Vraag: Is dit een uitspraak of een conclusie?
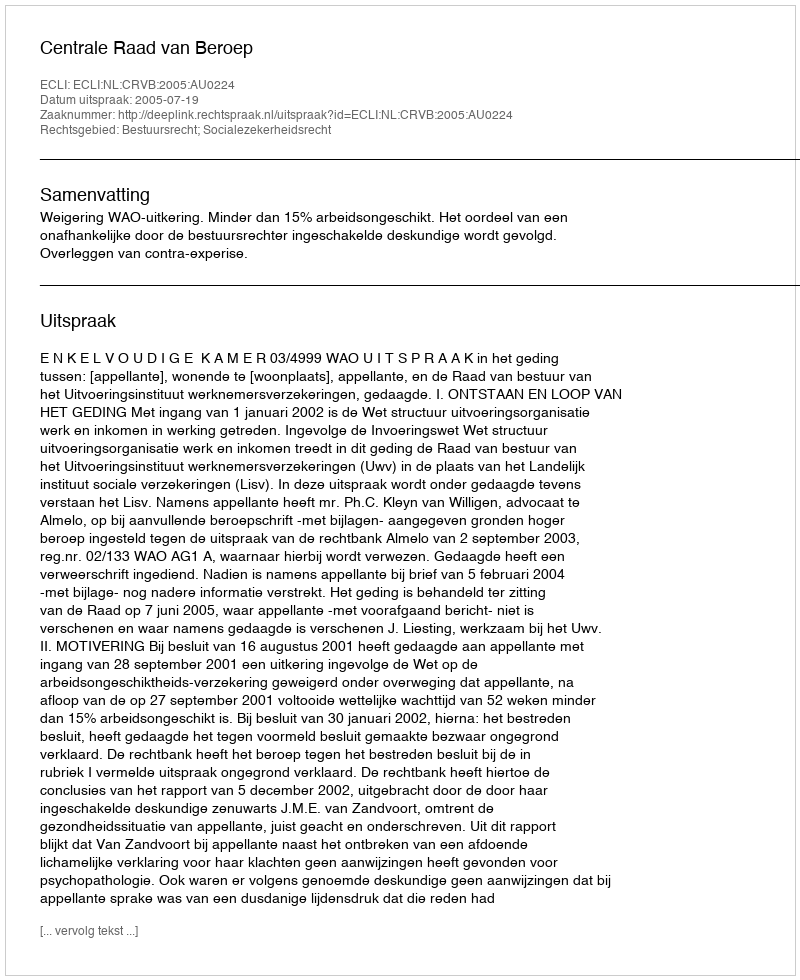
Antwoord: Uitspraak